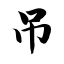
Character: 吊